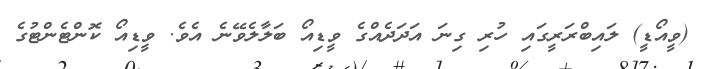
(ވީއޯޑީ) ލައިބްރަރީގައި ހުރި ގިނަ އަދަދެއްގެ ވީޑިއޯ ބަލާލެވޭނެ އެވެ. ވީޑިއޯ ކޮންޓެންޓުގެ